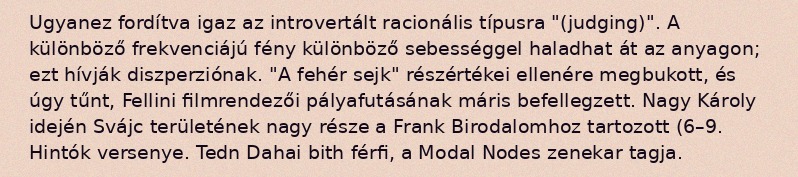
Ugyanez fordítva igaz az introvertált racionális típusra "(judging)". A különböző frekvenciájú fény különböző sebességgel haladhat át az anyagon; ezt hívják diszperziónak. "A fehér sejk" részértékei ellenére megbukott, és úgy tűnt, Fellini filmrendezői pályafutásának máris befellegzett. Nagy Károly idején Svájc területének nagy része a Frank Birodalomhoz tartozott (6–9. Hintók versenye. Tedn Dahai bith férfi, a Modal Nodes zenekar tagja.